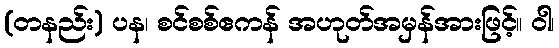
(တနည်း) ပန၊ စင်စစ်ဧကန် အဟုတ်အမှန်အားဖြင့်။ ဝါ၊